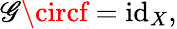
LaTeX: \mathscr{G}\circf=\operatorname{id}_{X},